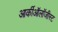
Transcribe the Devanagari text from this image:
आर्कीऑलॉजीस्ट